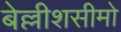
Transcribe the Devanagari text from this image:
बेल्लीशसीमो